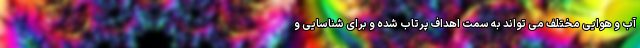
آب و هوایی مختلف می تواند به سمت اهداف پرتاب شده و برای شناسایی و